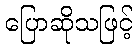
ပြောဆိုသဖြင့်